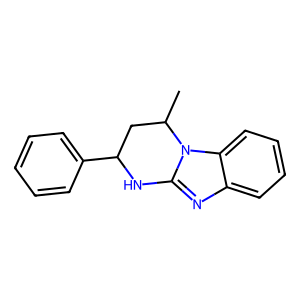
SMILES: CC1CC(c2ccccc2)Nc2nc3ccccc3n21
Inhibits HIV replication: No